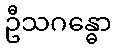
ဦသဂန္ဓော